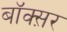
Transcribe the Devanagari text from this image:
बॉक्स़र